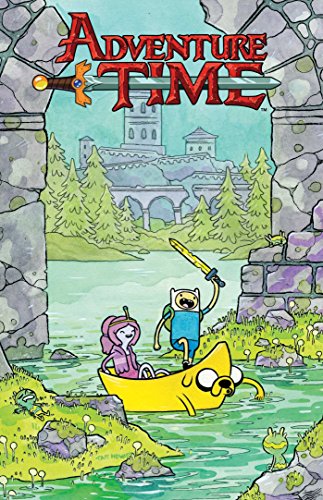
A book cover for Adventure Time Vol. 7; Ryan North; Children's Books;